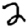
Digit: 2